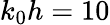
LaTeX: k_{0}h=10